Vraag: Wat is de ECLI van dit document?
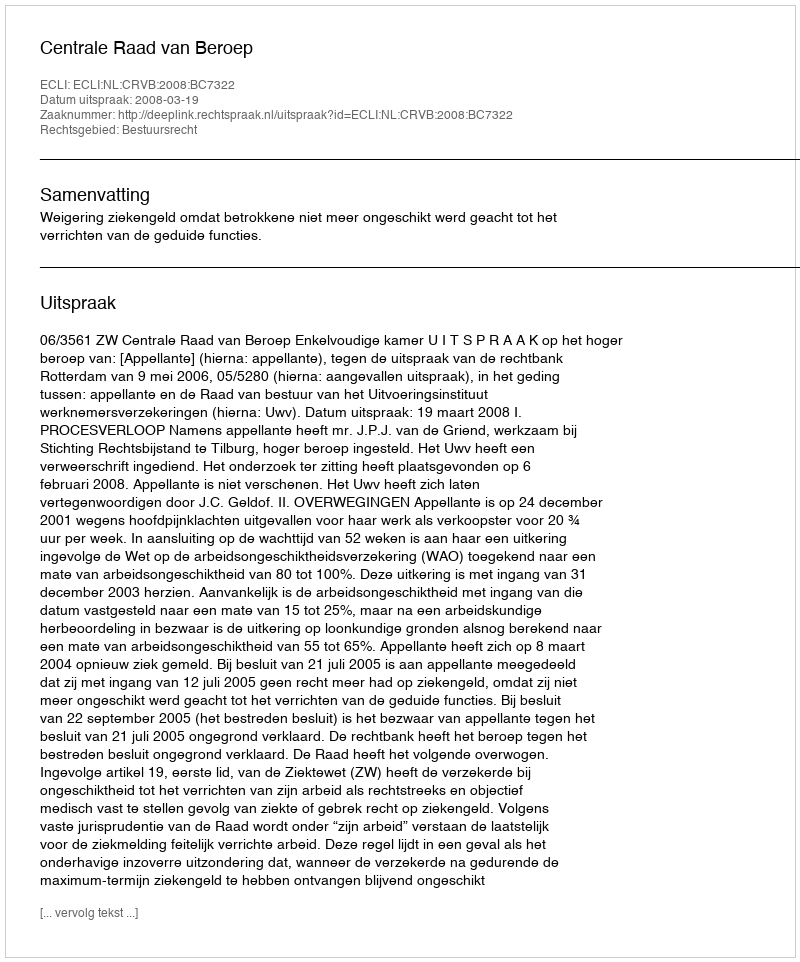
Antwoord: ECLI:NL:CRVB:2008:BC7322